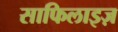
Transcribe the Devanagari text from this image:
साफिलाइज़